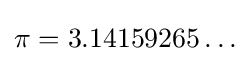
\pi =3.14159265\ldots